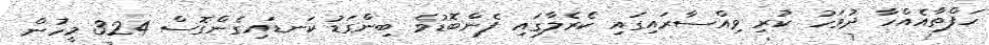
ހަފްތާއެއްހާ ދުވަހު ކުރި ވިއްސާރައިގައި ކެރެލާގައި ފެންބޮޑުވެ ބިންގަޑު ކަނޑައިގެންގޮސް 324 މީހުން